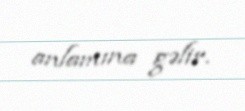
anlamına gəlir.